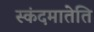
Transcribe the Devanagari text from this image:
स्कंदमातेति